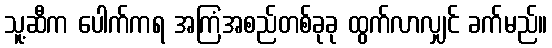
သူ့ဆီက ပေါက်ကရ အကြံအစည်တစ်ခုခု ထွက်လာလျှင် ခက်မည်။